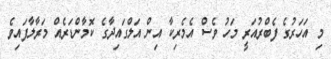
މި އަހަރުގެ ފެބްރުއަރީ މަހު ވެސް އެމެރިކާ އިން އަލްގައިދާގެ ކޮމާންޑަރެއް މަރާލާފައިވެ